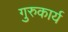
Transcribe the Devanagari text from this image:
गुरुकार्य